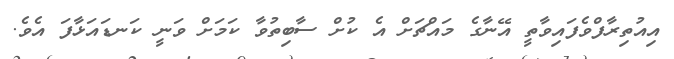
އިއުތިރާފްވެފައިވާތީ އޭނާގެ މައްޗަށް އެ ކުށް ސާބިތުވާ ކަމަށް ވަނީ ކަނޑައަޅާފަ އެވެ.